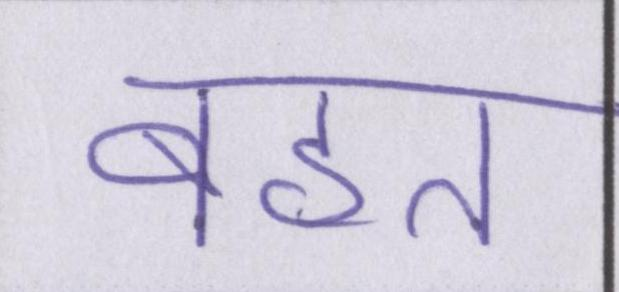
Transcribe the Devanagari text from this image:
बहत